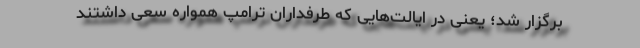
برگزار شد؛ یعنی در ایالت‌هایی که طرفداران ترامپ همواره سعی داشتند